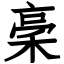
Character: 稁